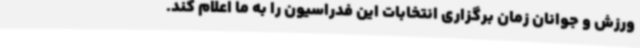
ورزش و جوانان زمان برگزاری انتخابات این فدراسیون را به ما اعلام کند.